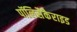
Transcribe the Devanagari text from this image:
पॉलिसैकैराइड